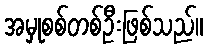
အမှုစစ်တစ်ဦးဖြစ်သည်။